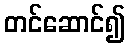
တင်ဆောင်၍